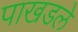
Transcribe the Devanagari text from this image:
पाखडले